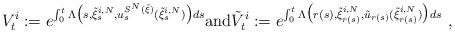
LaTeX: \begin{align*}V_t^i := e^{\int_0^t\Lambda\big (s,\tilde \xi^{i,N}_{s},u^{S^N(\tilde{\xi})}_{s}(\tilde \xi^{i,N}_{s})\big )ds}\textrm{and}\tilde V_t^i := e^{\int_0^t\Lambda\big (r(s),\tilde \xi^{i,N}_{r(s)},\tilde{u}_{r(s)}(\tilde \xi^{i,N}_{r(s)})\big )ds}\ ,\end{align*}